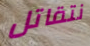
نتقاتل